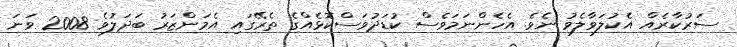
ސަރުކާރެއް އެކުލަވާލެވު ނެވެ. އެހެންނަމަވެސް ކުޑަދުވަސްކޮޅެއްގެ ތެރޭގައި އެމަންޒަރު ބަދަލުވެ 2008 ވަނަ